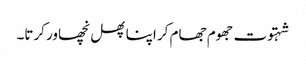
شہتوت جھوم جھام کر اپنا پھل نچھاور کرتا۔